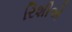
રિશીએ